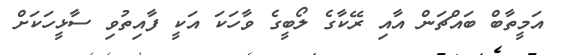
އަމީތާބް ބައްޗަން އާއި ރޭކާގެ ލޯބީގެ ވާހަކަ އަކީ ފާއިތުވި ސާޅީހަކަށް